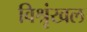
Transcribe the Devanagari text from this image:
विश्रृंखल